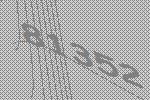
81352